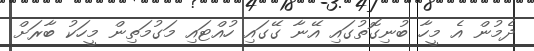
ދެމުން އެ މީހާ ބުނިގޮތުގައި އޭނާ ގޭގައި ހުއްޓައި މަގުމަތިން މީހަކު ބާރަށް